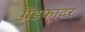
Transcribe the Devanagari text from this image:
ग्रैंडफादर